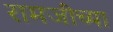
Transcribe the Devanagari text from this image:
रामजींच्या